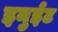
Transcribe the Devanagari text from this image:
इनुईट